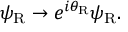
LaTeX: \psi _ { \mathrm { { R } } } \rightarrow e ^ { i \theta _ { \mathrm { { R } } } } \psi _ { \mathrm { { R } } } .